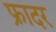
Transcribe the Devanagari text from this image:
फ्रादर